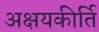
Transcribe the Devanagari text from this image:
अक्षयकीर्ति